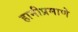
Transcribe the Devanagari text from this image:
हानीप्रमाणे